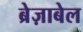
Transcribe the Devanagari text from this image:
ब्रेज़ाबेल